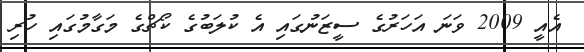
އެއީ 2009 ވަނަ އަހަރުގެ ސީޒަނުގައި އެ ކުލަބުގެ ކޯޗްގެ މަގާމުގައި ހުރި